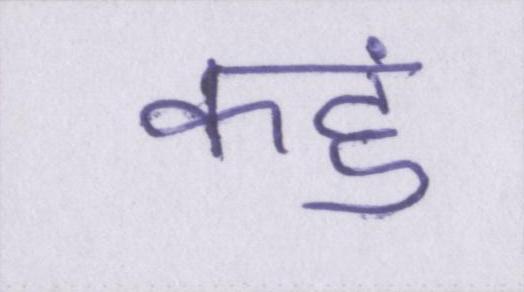
कहुं